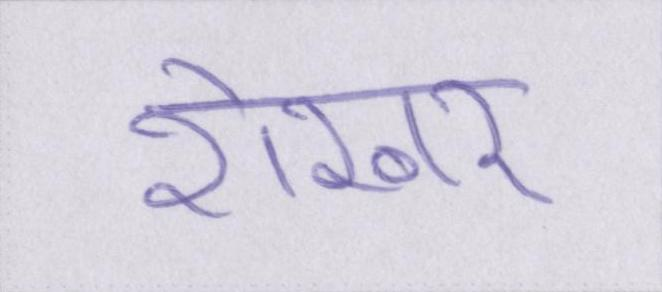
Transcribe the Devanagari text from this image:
शेखर